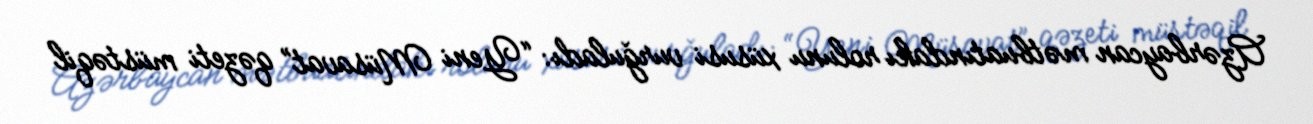
Azərbaycan mətbuatındakı rolunu xüsusi vurğuladı: “Yeni Müsavat” qəzeti müstəqil